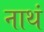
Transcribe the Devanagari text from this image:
नाथं